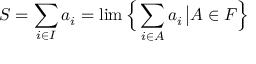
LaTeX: S = \sum _ { i \in I } a _ { i } = \operatorname* { l i m } { \Bigl \{ } \sum _ { i \in A } a _ { i } \, { \big | } A \in F { \Bigr \} }